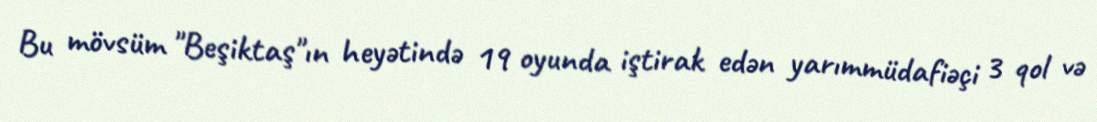
Bu mövsüm "Beşiktaş"ın heyətində 19 oyunda iştirak edən yarımmüdafiəçi 3 qol və